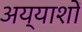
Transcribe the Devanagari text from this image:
अय्याशों